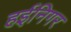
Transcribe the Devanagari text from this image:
हईनिगर